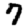
Digit: 7